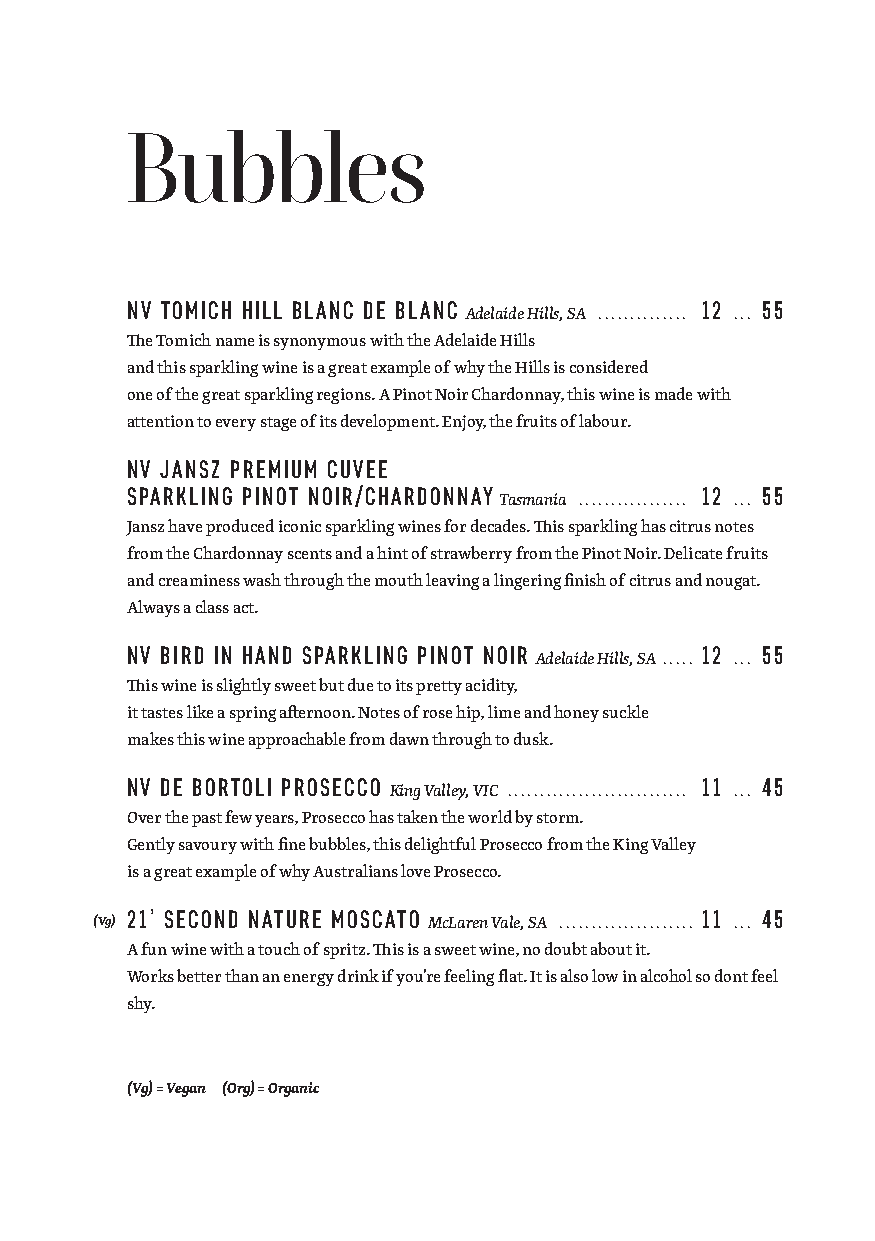
Bubbles
 NV TOMICH HILL BLANC DE BLANC         12  55
 Adelaide Hills, SA .............. ...
 The Tomich name is synonymous with the Adelaide Hills
 and this sparkling wine is a great example of why the Hills is considered
 one of the great sparkling regions. A Pinot Noir Chardonnay, this wine is made with
 attention to every stage of its development. Enjoy, the fruits of labour.
 NV JANSZ PREMIUM CUVEE
 SPARKLING PINOT NOIR/CHARDONNAY       12  55
 Tasmania ................. ...
 Jansz have produced iconic sparkling wines for decades. This sparkling has citrus notes
 from the Chardonnay scents and a hint of strawberry from the Pinot Noir. Delicate fruits
 and creaminess wash through the mouth leaving a lingering finish of citrus and nougat.
 Always a class act.
 NV BIRD IN HAND SPARKLING PINOT NOIR  12  55
 Adelaide Hills, SA ..... ...
 This wine is slightly sweet but due to its pretty acidity,
 it tastes like a spring afternoon. Notes of rose hip, lime and honey suckle
 makes this wine approachable from dawn through to dusk.
 NV DE BORTOLI PROSECCO                11  45
 King Valley, VIC ............................ ...
 Over the past few years, Prosecco has taken the world by storm.
 Gently savoury with fine bubbles, this delightful Prosecco from the King Valley
 is a great example of why Australians love Prosecco.
 21’ SECOND NATURE MOSCATO             11  45
 (Vg)                  McLaren Vale, SA ..................... ...
 A fun wine with a touch of spritz. This is a sweet wine, no doubt about it.
 Works better than an energy drink if you’re feeling flat. It is also low in alcohol so dont feel
 shy.
 (Vg) = Vegan (Org) = Organic